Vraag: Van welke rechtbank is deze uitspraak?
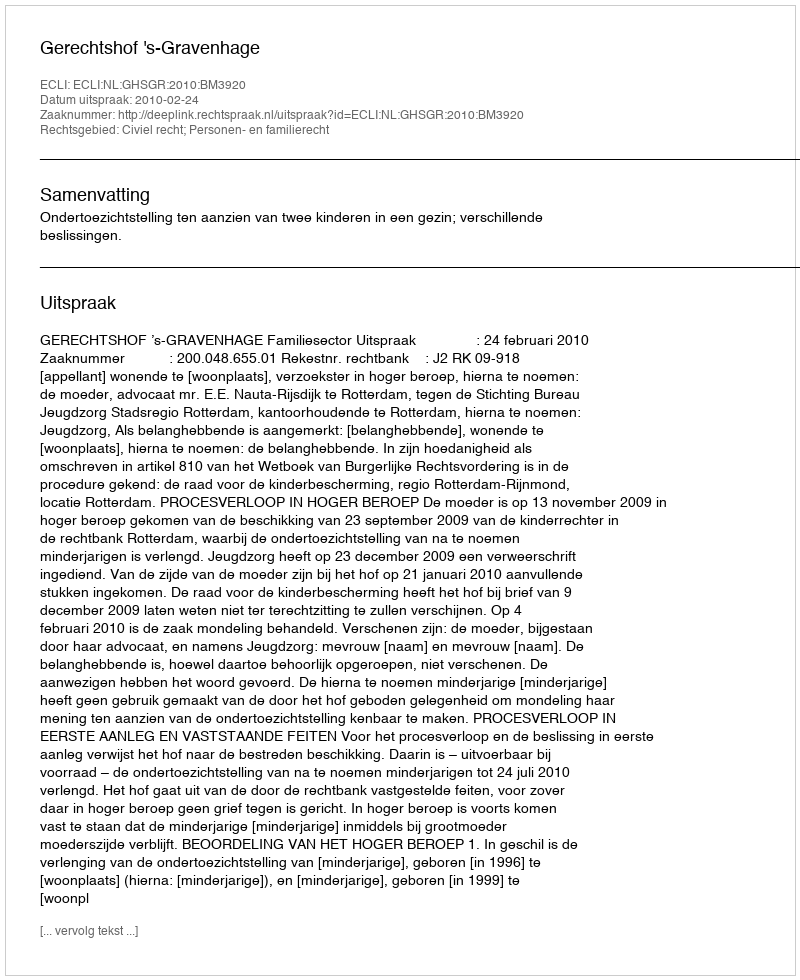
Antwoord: Gerechtshof 's-Gravenhage